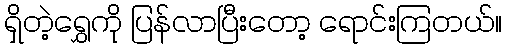
ရှိတဲ့ရွှေကို ပြန်လာပြီးတော့ ရောင်းကြတယ်။